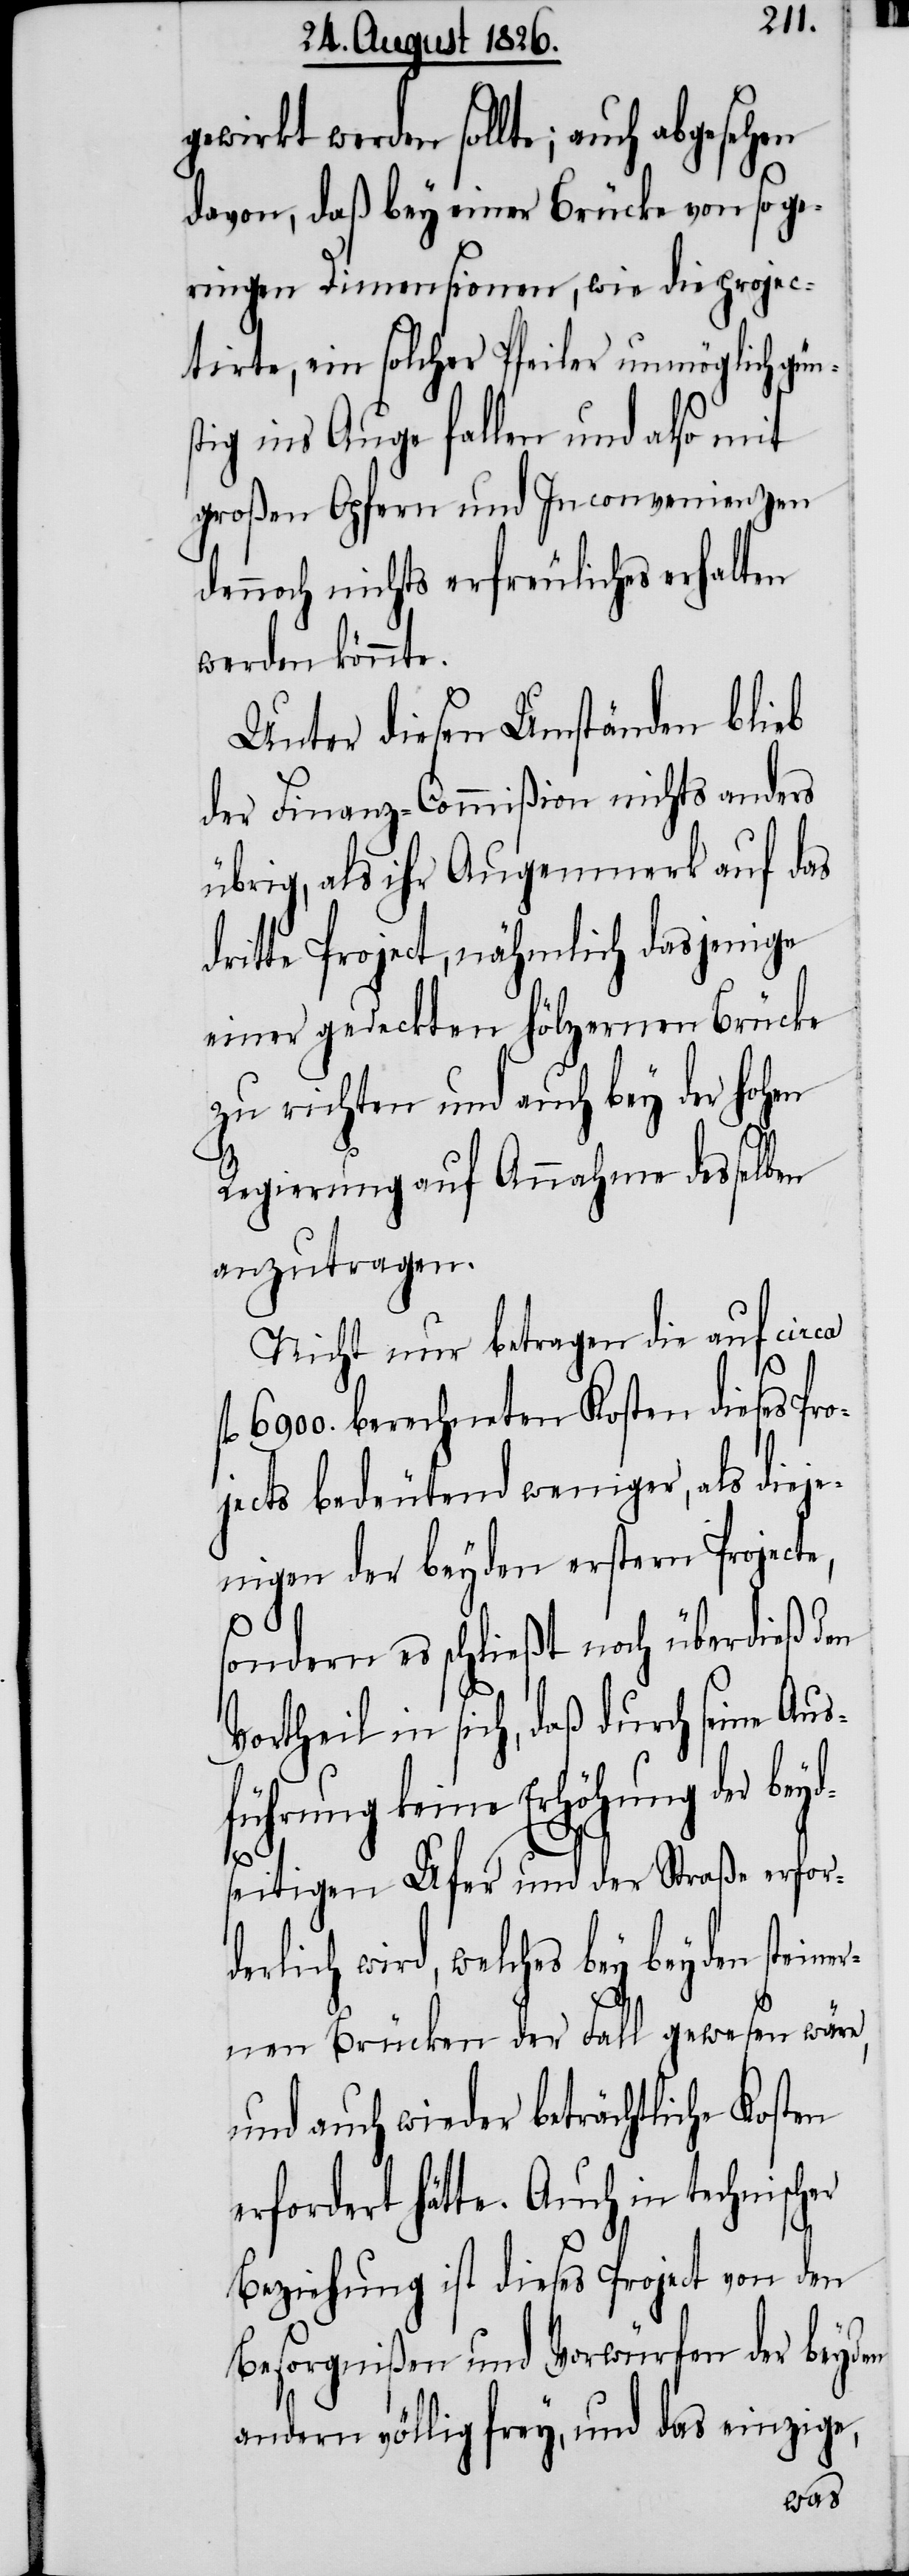
gewirkt werden sollte; auch abgesehen
davon, daß bey einer Brücke von so ge¬
ringen Dimensionen, wie die projec¬
tirte, ein solcher Pfeiler unmöglich gün¬
tig ins Auge fallen und also mit
großen Opfern und Inconvenienzen
dennoch nichts erfreuliches erhalten
werden könnte.
Unter diesen Umständen blieb
der Finanz-Commißion nichts anders
übrig, als ihr Augenmerkt auf das
dritte Project, nähmlich dasjenige
einer gedeckten hölzernen Brücke
zu richten und auch bey der hohen
Regierung auf Annahme desselben
anzutragen.
Nicht nur betragen die auf circa
l. 6900. berechneten Kosten dieses Pro¬
f¬
jects bedeutend weniger, als dieje¬
nigen der beyden erstern Projecte,
sondern es schließt noch überdieß den
Vortheil in sich, daß durch seine Aus¬
führung keine Erhöhung der bey¬
er¬
seitigen Ufer und der Straße erford¬
erlich wird, welches bey beyden stein¬
nen Brücken der Fall gewesen wäre,
und auch wieder beträchtliche Kosten
erfordert hätte. Auch in technischer
Beziehung ist dieses Project von den
Besorgnißen und Vorwürfen der beyden
andern völlig frey, und das einzige,